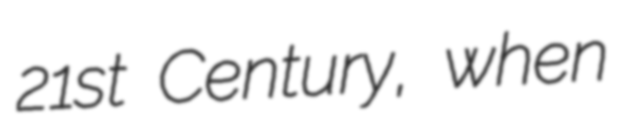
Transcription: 21st Century, when